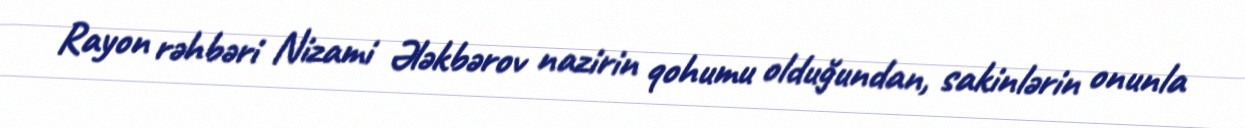
Rayon rəhbəri Nizami Ələkbərov nazirin qohumu olduğundan, sakinlərin onunla